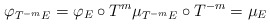
\begin{align*}\varphi_{T^{-m}E}=\varphi_{E}\circ T^{m}\mu_{T^{-m}E}\circ T^{-m}=\mu_{E}\end{align*}